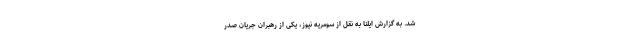
شد. به گزارش ایلنا به نقل از سومریه نیوز، یکی از رهبران جریان صدر